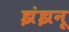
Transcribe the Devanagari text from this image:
झंझनू